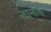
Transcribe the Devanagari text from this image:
तानाह